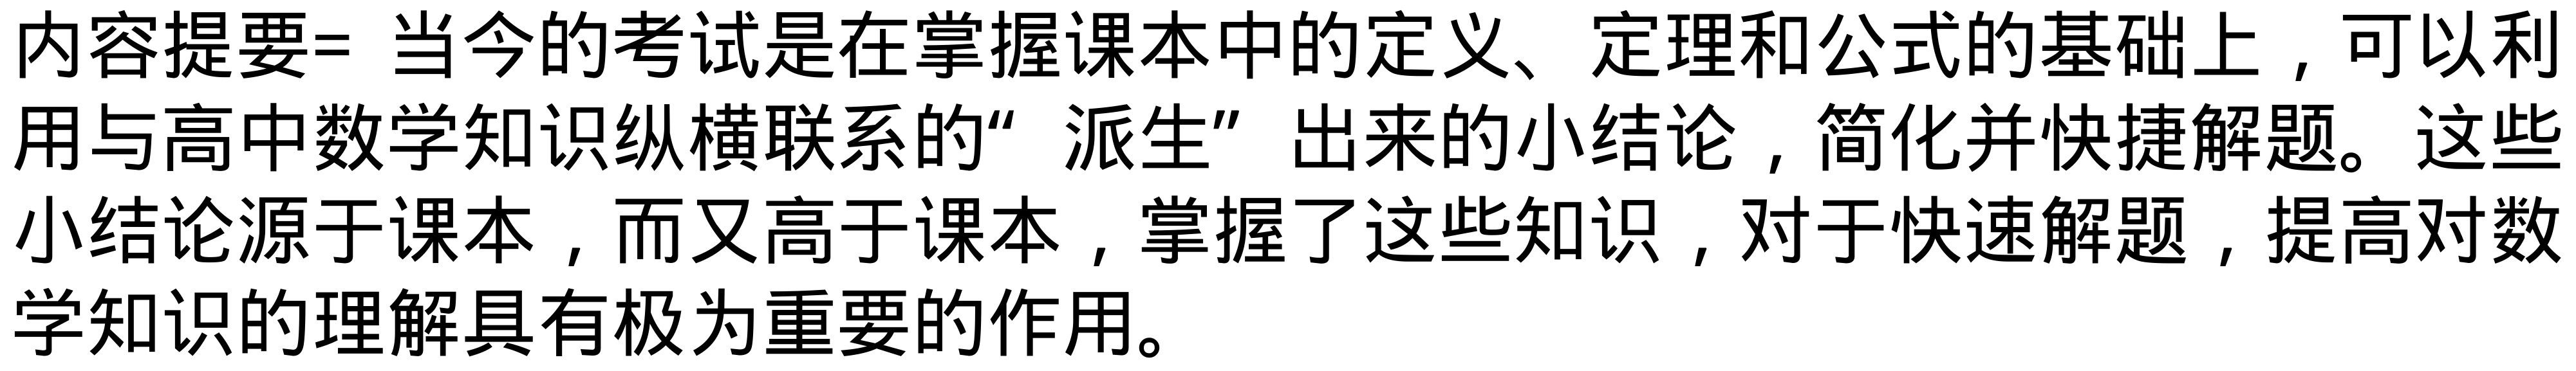
内容提要= 当今的考试是在掌握课本中的定义、定理和公式的基础上，可以利用与高中数学知识纵横联系的“派生”出来的小结论，简化并快捷解题。这些小结论源于课本，而又高于课本，掌握了这些知识，对于快速解题，提高对数学知识的理解具有极为重要的作用。